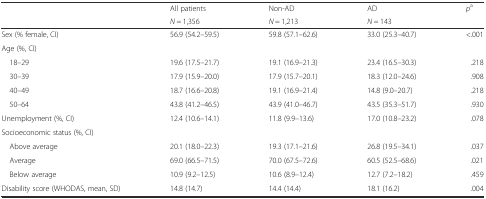
| <ROWSPAN=2>  | All patients | Non-AD | AD | <ROWSPAN=2> pa |
 | N = 1,356 | N = 1,213 | N = 143 |
 | --- | --- | --- | --- | --- |
 | Sex (% female, CI) | 56.9 (54.2–59.5) | 59.8 (57.1–62.6) | 33.0 (25.3–40.7) | <.001 |
 | <COLSPAN=5> Age (%, CI) |
 | 18–29 | 19.6 (17.5–21.7) | 19.1 (16.9–21.3) | 23.4 (16.5–30.3) | .218 |
 | 30–39 | 17.9 (15.9–20.0) | 17.9 (15.7–20.1) | 18.3 (12.0–24.6) | .908 |
 | 40–49 | 18.7 (16.6–20.8) | 19.1 (16.9–21.4) | 14.8 (9.0–20.7) | .218 |
 | 50–64 | 43.8 (41.2–46.5) | 43.9 (41.0–46.7) | 43.5 (35.3–51.7) | .930 |
 | Unemployment (%, CI) | 12.4 (10.6–14.1) | 11.8 (9.9–13.6) | 17.0 (10.8–23.2) | .078 |
 | <COLSPAN=5> Socioeconomic status (%, CI) |
 | Above average | 20.1 (18.0–22.3) | 19.3 (17.1–21.6) | 26.8 (19.5–34.1) | .037 |
 | Average | 69.0 (66.5–71.5) | 70.0 (67.5–72.6) | 60.5 (52.5–68.6) | .021 |
 | Below average | 10.9 (9.2–12.5) | 10.6 (8.9–12.4) | 12.7 (7.2–18.2) | .459 |
 | Disability score (WHODAS, mean, SD) | 14.8 (14.7) | 14.4 (14.4) | 18.1 (16.2) | .004 |